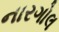
નારગોલ